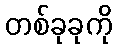
တစ်ခုခုကို